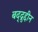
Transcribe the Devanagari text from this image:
बद्द्रुद्दीन